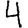
Digit: 4